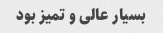
بسیار عالی و تمیز بود